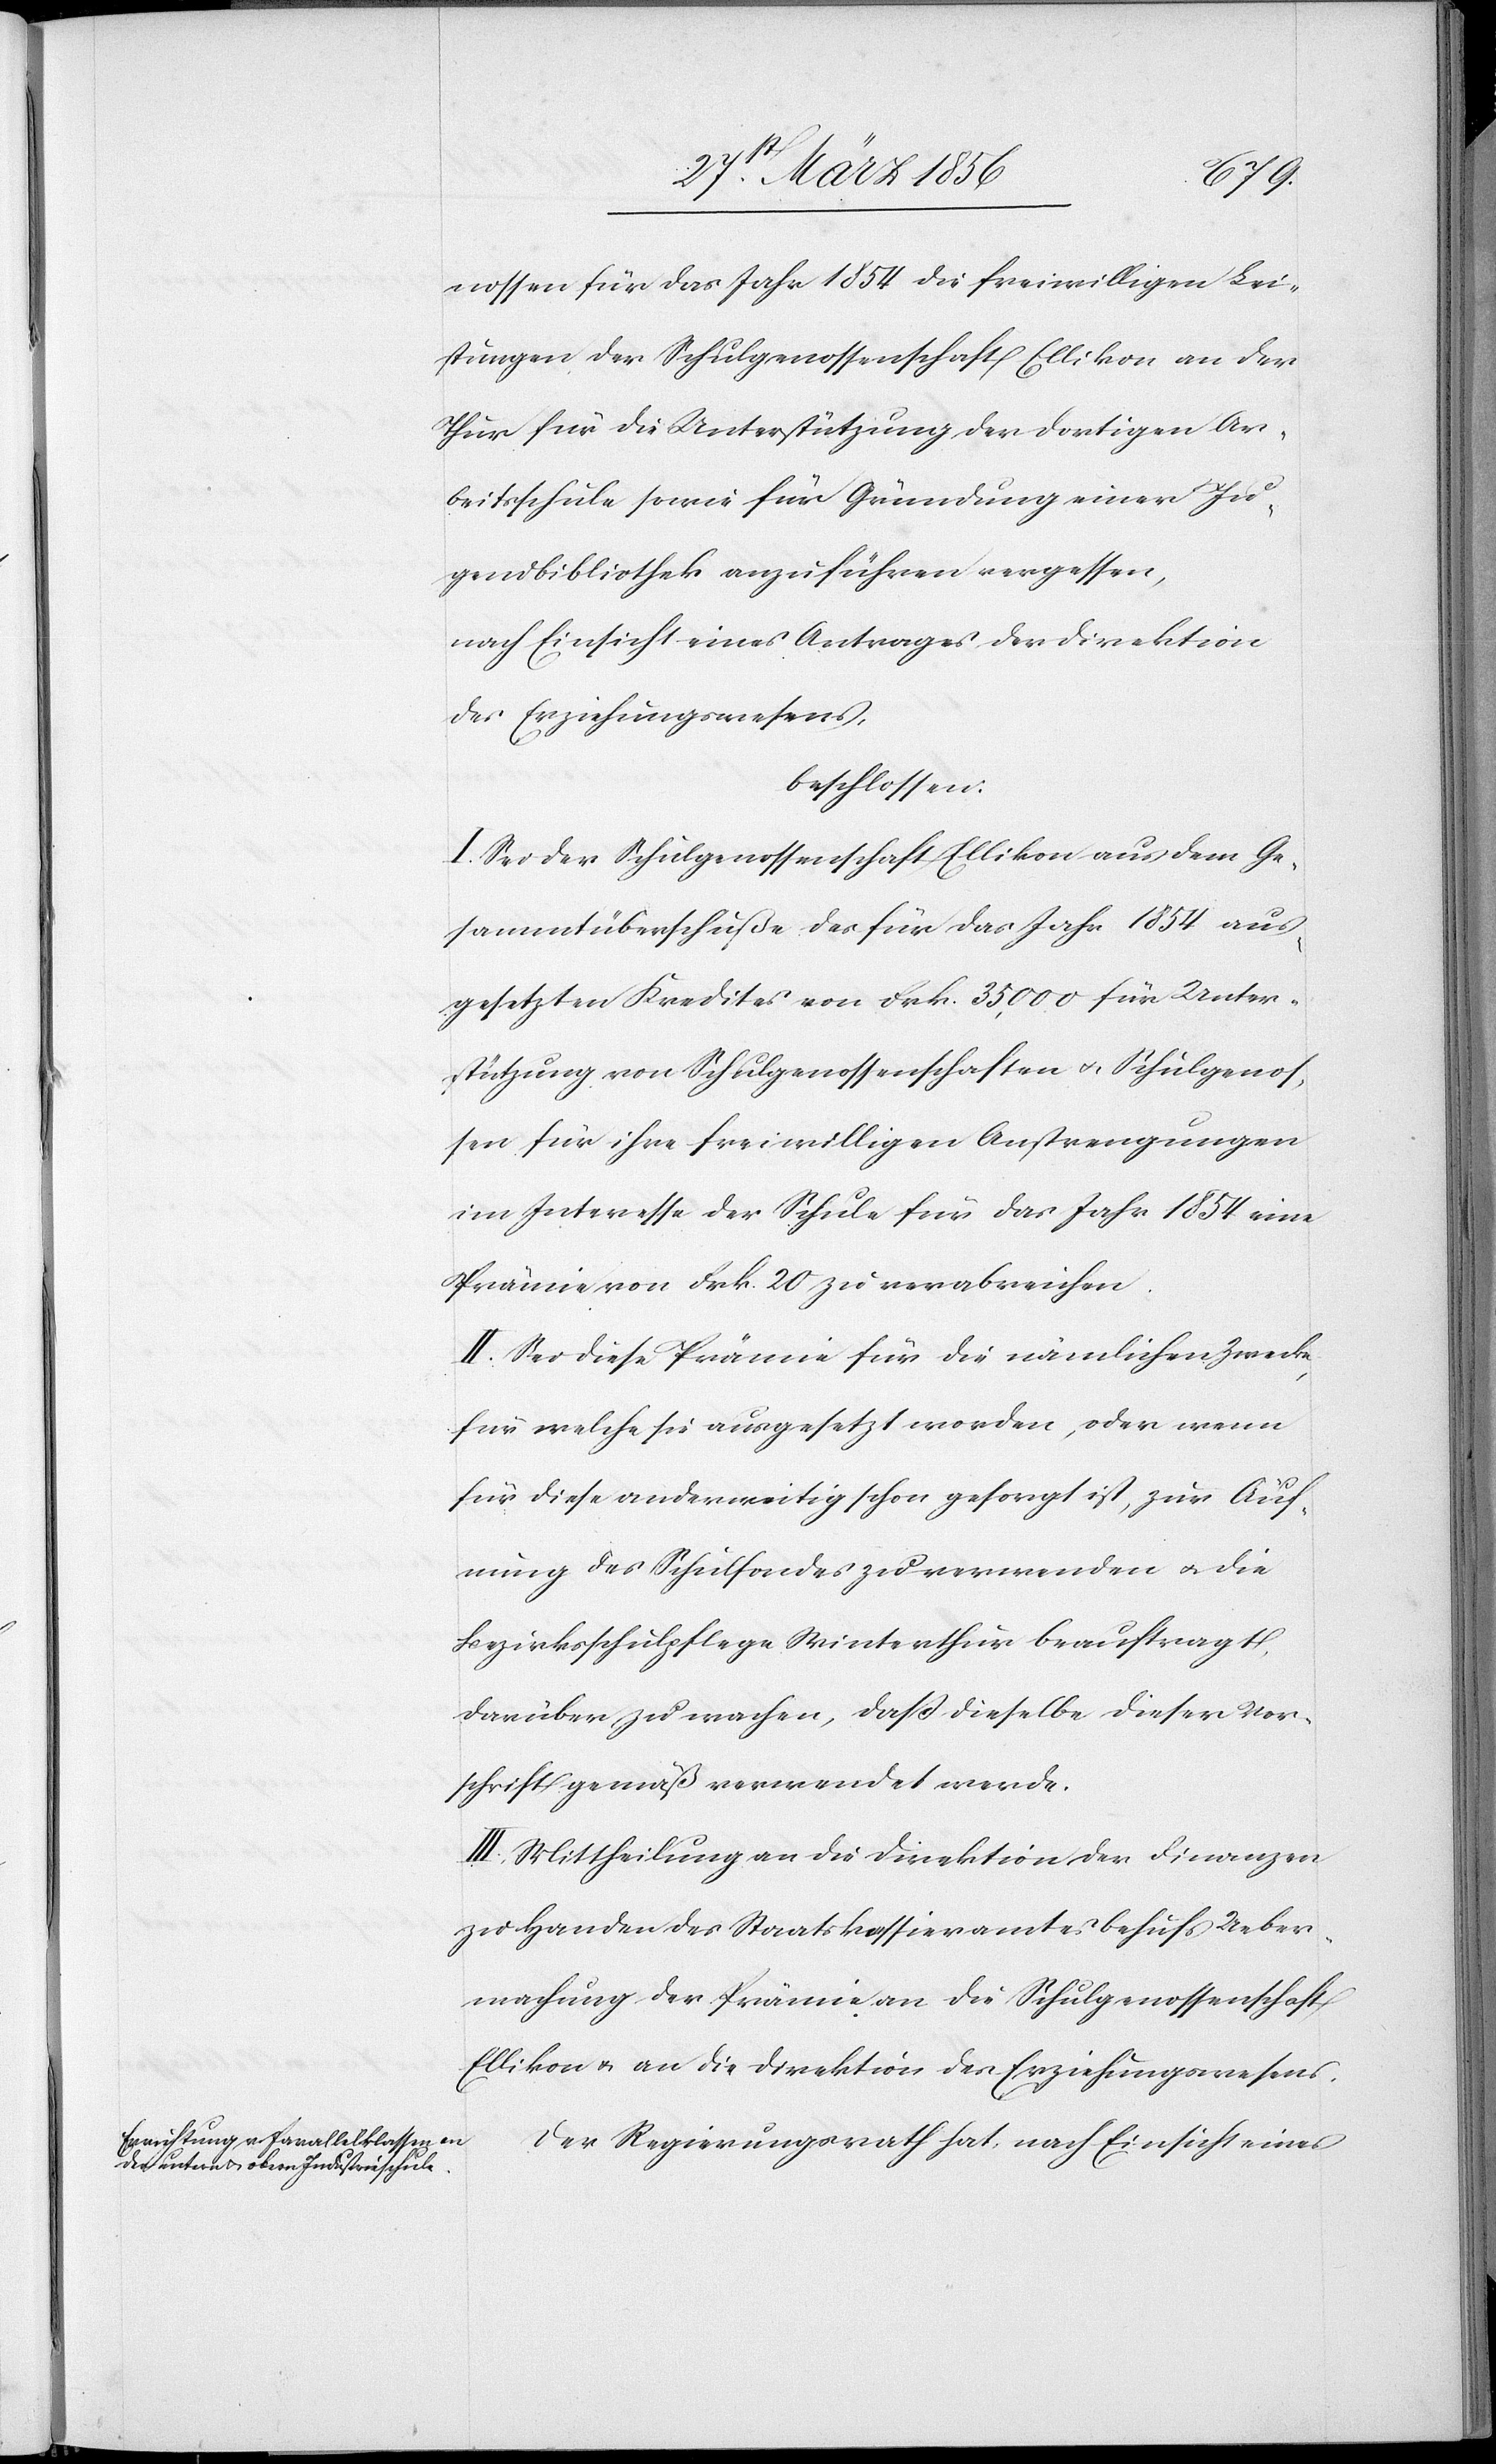
nossen für das Jahr 1854 die freiwilligen Lei¬
stungen der Schulgenossenschaft Ellikon an der
Thur für die Unterstützung der dortigen Ar¬
beitsschule sowie für Gründung einer Ju¬
gendbibliothek anzuführen vergessen,
nach Einsicht eines Antrages der Direktion
des Erziehungswesens,
beschlossen:
I. Sei der Schulgenossenschaft Ellikon aus dem Ge¬
sammtüberschuße des für das Jahr 1854 aus¬
gesetzten Kredites von Frk. 35,000 für Unter¬
stützung von Schulgenossenschaften u. Schulgenos¬
sen für ihre freiwilligen Anstrengungen
im Interesse der Schule für das Jahr 1854 eine
Prämie von Frk. 20 zu verabreichen.
II. Sei diese Prämie für die nämlichen Zwecke,
für welche sie ausgesetzt worden, oder wenn
für diese anderweitig schon gesorgt ist, zur Auf¬
nung [sic!] des Schulfondes zu verwenden u. die
Bezirksschulpflege Winterthur beauftragt,
darüber zu wachen, daß dieselbe dieser Vor¬
schrift gemäß verwendet werde.
III. Mittheilung an die Direktion der Finanzen
zu Handen des Staatskassieramtes behufs Ueber¬
machung der Prämie an die Schulgenossenschaft
Ellikon u. an die Direktion des Erziehungswesens.
Der Regierungsrath hat, nach Einsicht eines